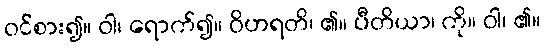
ဝင်စား၍။ ဝါ၊ ရောက်၍။ ဝိဟရတိ၊ ၏။ ပီတိယာ၊ ကို။ ဝါ၊ ၏။